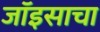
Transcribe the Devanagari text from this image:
जॉइसाचा